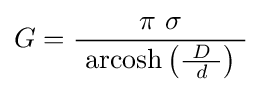
G={\frac {\pi \ \sigma }{\ \operatorname {arcosh} \left({\frac {\ D\ }{d}}\right)\ }}